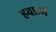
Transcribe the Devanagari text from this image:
हवात्मे